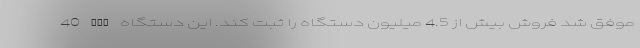
40 Pro موفق شد فروش بیش از 4.5 میلیون دستگاه را ثبت کند. این دستگاه